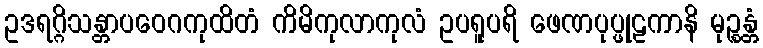
ဥဒရဂ္ဂိသန္တာပဝေဂကုထိတံ ကိမိကုလာကုလံ ဥပရူပရိ ဖေဏပုပ္ဖုဠကာနိ မုဉ္စန္တံ